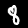
Label: 8